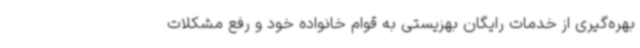
بهره‌گیری از خدمات رایگان بهزیستی به قوام خانواده خود و رفع مشکلات